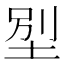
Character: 𡋾